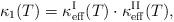
LaTeX: \begin{align*}\kappa_1(T)=\kappa_{\rm eff}^{\rm I}(T)\cdot\kappa_{\rm eff}^{\rm II}(T),\end{align*}